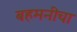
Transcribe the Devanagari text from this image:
बहमनीचा